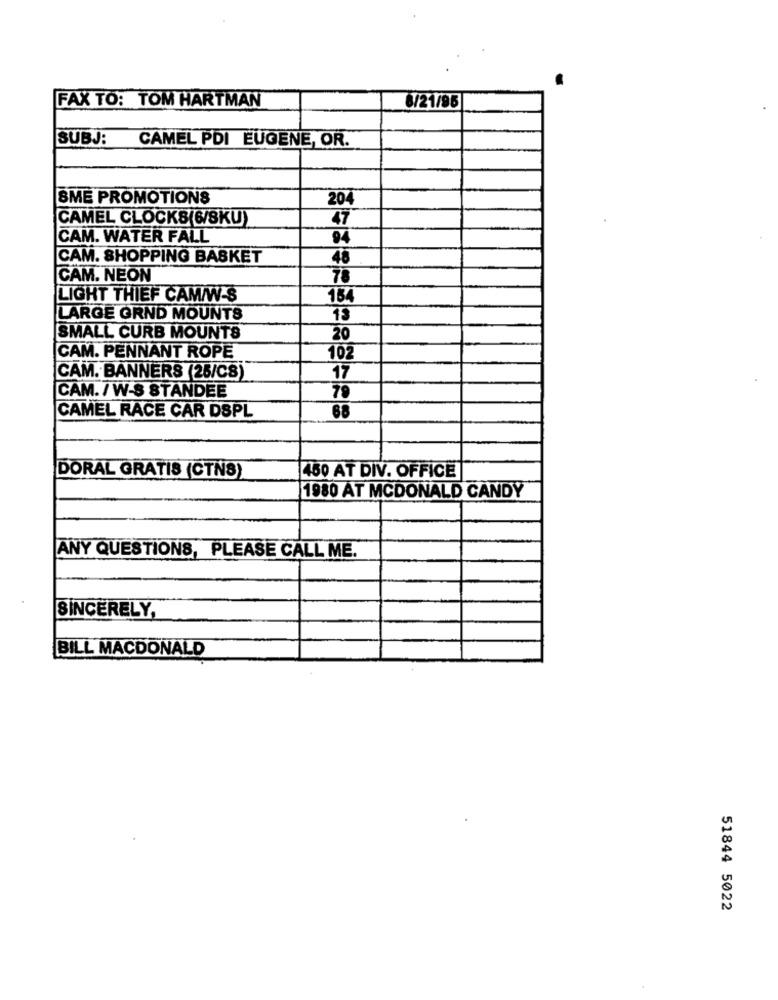
FAX TO: TOM HARTMAN
8/21/95
SUBJ: CAMEL PDI EUGENE, OR.
SME PROMOTIONS
204
CAMEL CLOCKS(6/8KU)
47
CAM. WATER FALL
94
CAM. SHOPPING BASKET
48
CAM. NEON
78
LIGHT THIEF CAM/W-S
134
LARGE GRND MOUNTS
SMALL CURB MOUNTS
20
CAM. PENNANT ROPE
10
CAM. BANNERS (25/CS)
17
CAM. / W-S STANDEE
79
CAMEL RACE CAR DSPL
68
DORAL GRATIS (CTNS)
480 AT DIV. OFFICE
1980 AT MCDONALD CANDY
ANY QUESTIONS, PLEASE CALL ME.
SINCERELY,
BILL MACDONALD
51844 5022